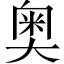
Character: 奥